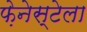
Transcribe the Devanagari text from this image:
फ़ेनेस्टेला